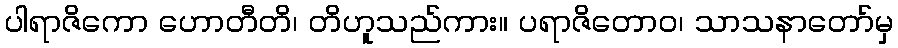
ပါရာဇိကော ဟောတီတိ၊ တိဟူသည်ကား။ ပရာဇိတောဝ၊ သာသနာတော်မှ